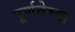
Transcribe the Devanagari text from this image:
पूर्णतेच्या